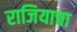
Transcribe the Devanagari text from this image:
राजियाचा